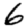
Digit: 6